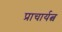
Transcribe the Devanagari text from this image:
प्राचार्यत्व